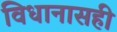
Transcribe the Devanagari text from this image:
विधानासही